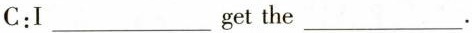
C:I___get the___